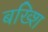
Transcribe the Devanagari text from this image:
बख्शि